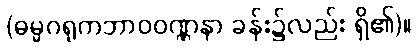
(ဓမ္မဂရုကဘာဝဝဏ္ဏနာ ခန်း၌လည်း ရှိ၏)။